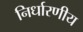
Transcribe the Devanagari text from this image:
निर्धारणीय